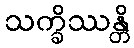
သက္ခိဿန္တိ